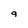
Character: g